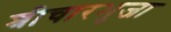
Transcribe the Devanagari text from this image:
श्रीचारभुजा